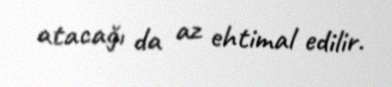
atacağı da az ehtimal edilir.